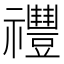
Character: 𥜨